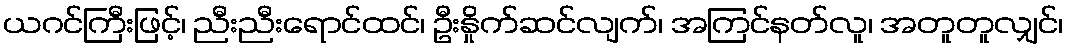
ယဂင်ကြီးဖြင့်၊ ညီးညီးရောင်ထင်၊ ဦးနှိုက်ဆင်လျက်၊ အကြင်နတ်လူ၊ အတူတူလျှင်၊